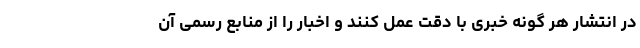
در انتشار هر گونه خبری با دقت عمل کنند و اخبار را از منابع رسمی آن